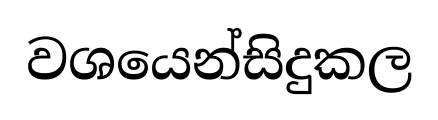
වශයෙන්සිදුකල